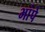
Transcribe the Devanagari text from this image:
भांपे